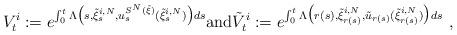
LaTeX: \begin{align*}V_t^i := e^{\int_0^t\Lambda\big (s,\tilde \xi^{i,N}_{s},u^{S^N(\tilde{\xi})}_{s}(\tilde \xi^{i,N}_{s})\big )ds}\textrm{and}\tilde V_t^i := e^{\int_0^t\Lambda\big (r(s),\tilde \xi^{i,N}_{r(s)},\tilde{u}_{r(s)}(\tilde \xi^{i,N}_{r(s)})\big )ds}\ ,\end{align*}